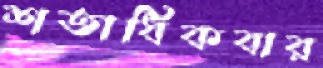
শতাধিকবার